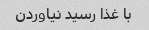
با غذا رسید نیاوردن